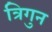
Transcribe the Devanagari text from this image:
त्रिगुन